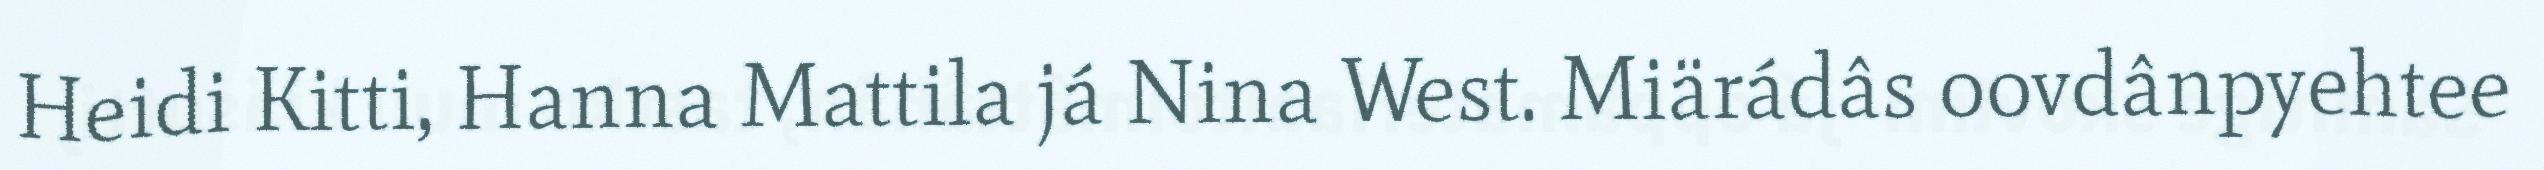
Heidi Kitti, Hanna Mattila já Nina West. Miärádâs oovdânpyehtee